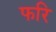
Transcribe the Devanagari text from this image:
फरि